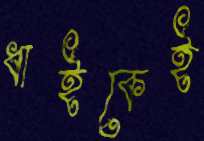
ধাইকেই